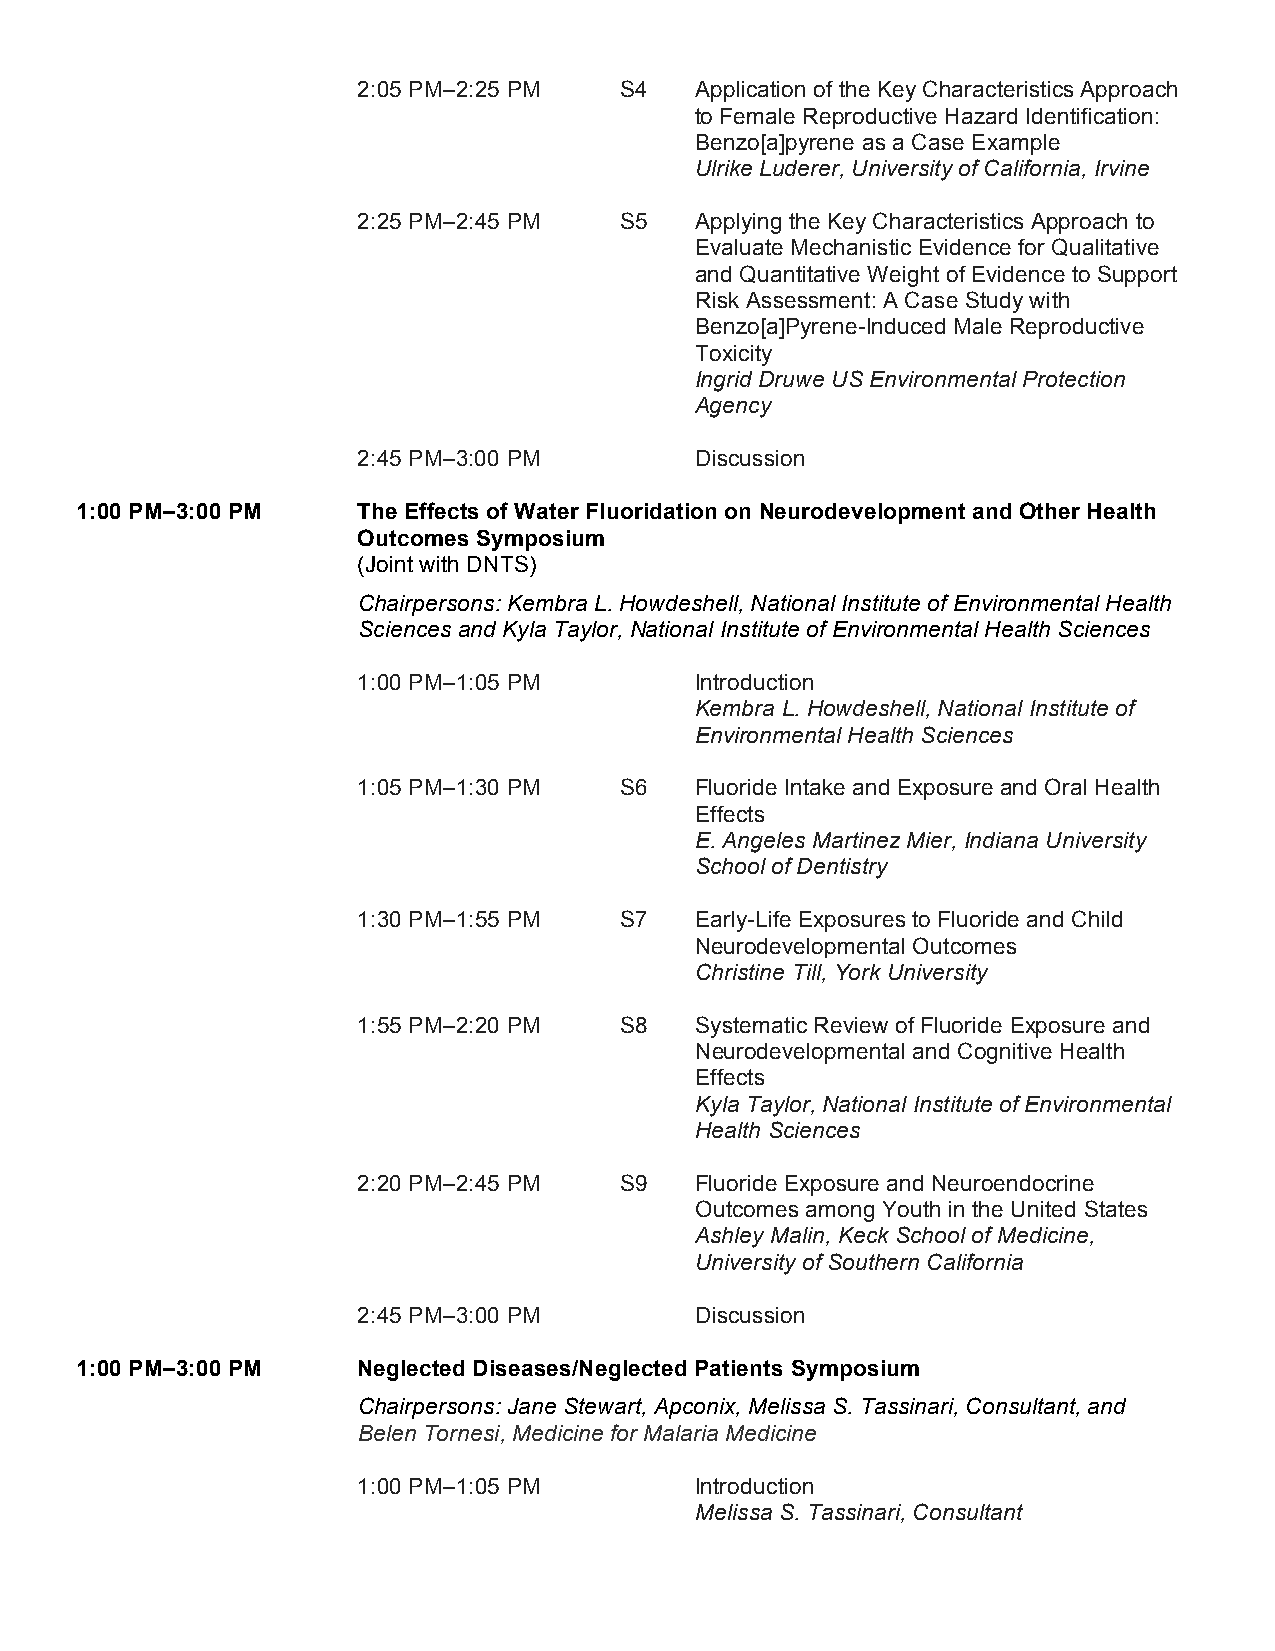
2:05 PM–2:25 PM  S4   Application of the Key Characteristics Approach
 to Female Reproductive Hazard Identification:
 Benzo[a]pyrene as a Case Example
 Ulrike Luderer, University of California, Irvine
 2:25 PM–2:45 PM  S5   Applying the Key Characteristics Approach to
 Evaluate Mechanistic Evidence for Qualitative
 and Quantitative Weight of Evidence to Support
 Risk Assessment: A Case Study with
 Benzo[a]Pyrene-Induced Male Reproductive
 Toxicity
 Ingrid Druwe US Environmental Protection
 Agency
 2:45 PM–3:00 PM       Discussion
 1:00 PM–3:00 PM    The Effects of Water Fluoridation on Neurodevelopment and Other Health
 Outcomes Symposium
 (Joint with DNTS)
 Chairpersons: Kembra L. Howdeshell, National Institute of Environmental Health
 Sciences and Kyla Taylor, National Institute of Environmental Health Sciences
 1:00 PM–1:05 PM       Introduction
 Kembra L. Howdeshell, National Institute of
 Environmental Health Sciences
 1:05 PM–1:30 PM  S6   Fluoride Intake and Exposure and Oral Health
 Effects
 E. Angeles Martinez Mier, Indiana University
 School of Dentistry
 1:30 PM–1:55 PM  S7   Early-Life Exposures to Fluoride and Child
 Neurodevelopmental Outcomes
 Christine Till, York University
 1:55 PM–2:20 PM  S8   Systematic Review of Fluoride Exposure and
 Neurodevelopmental and Cognitive Health
 Effects
 Kyla Taylor, National Institute of Environmental
 Health Sciences
 2:20 PM–2:45 PM  S9   Fluoride Exposure and Neuroendocrine
 Outcomes among Youth in the United States
 Ashley Malin, Keck School of Medicine,
 University of Southern California
 2:45 PM–3:00 PM       Discussion
 1:00 PM–3:00 PM    Neglected Diseases/Neglected Patients Symposium
 Chairpersons: Jane Stewart, Apconix, Melissa S. Tassinari, Consultant, and
 Belen Tornesi, Medicine for Malaria Medicine
 1:00 PM–1:05 PM       Introduction
 Melissa S. Tassinari, Consultant